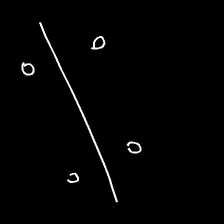
Glyph: cool